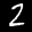
Label: 2